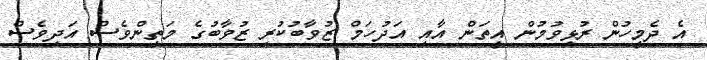
އެ ދެމީހުން ރުޅިވުމުން އީތަން އާއި އަދުހަމް ޒުވާބުކުރި ޒުވާބުގެ މަތިންވެސް އަދިވެސް